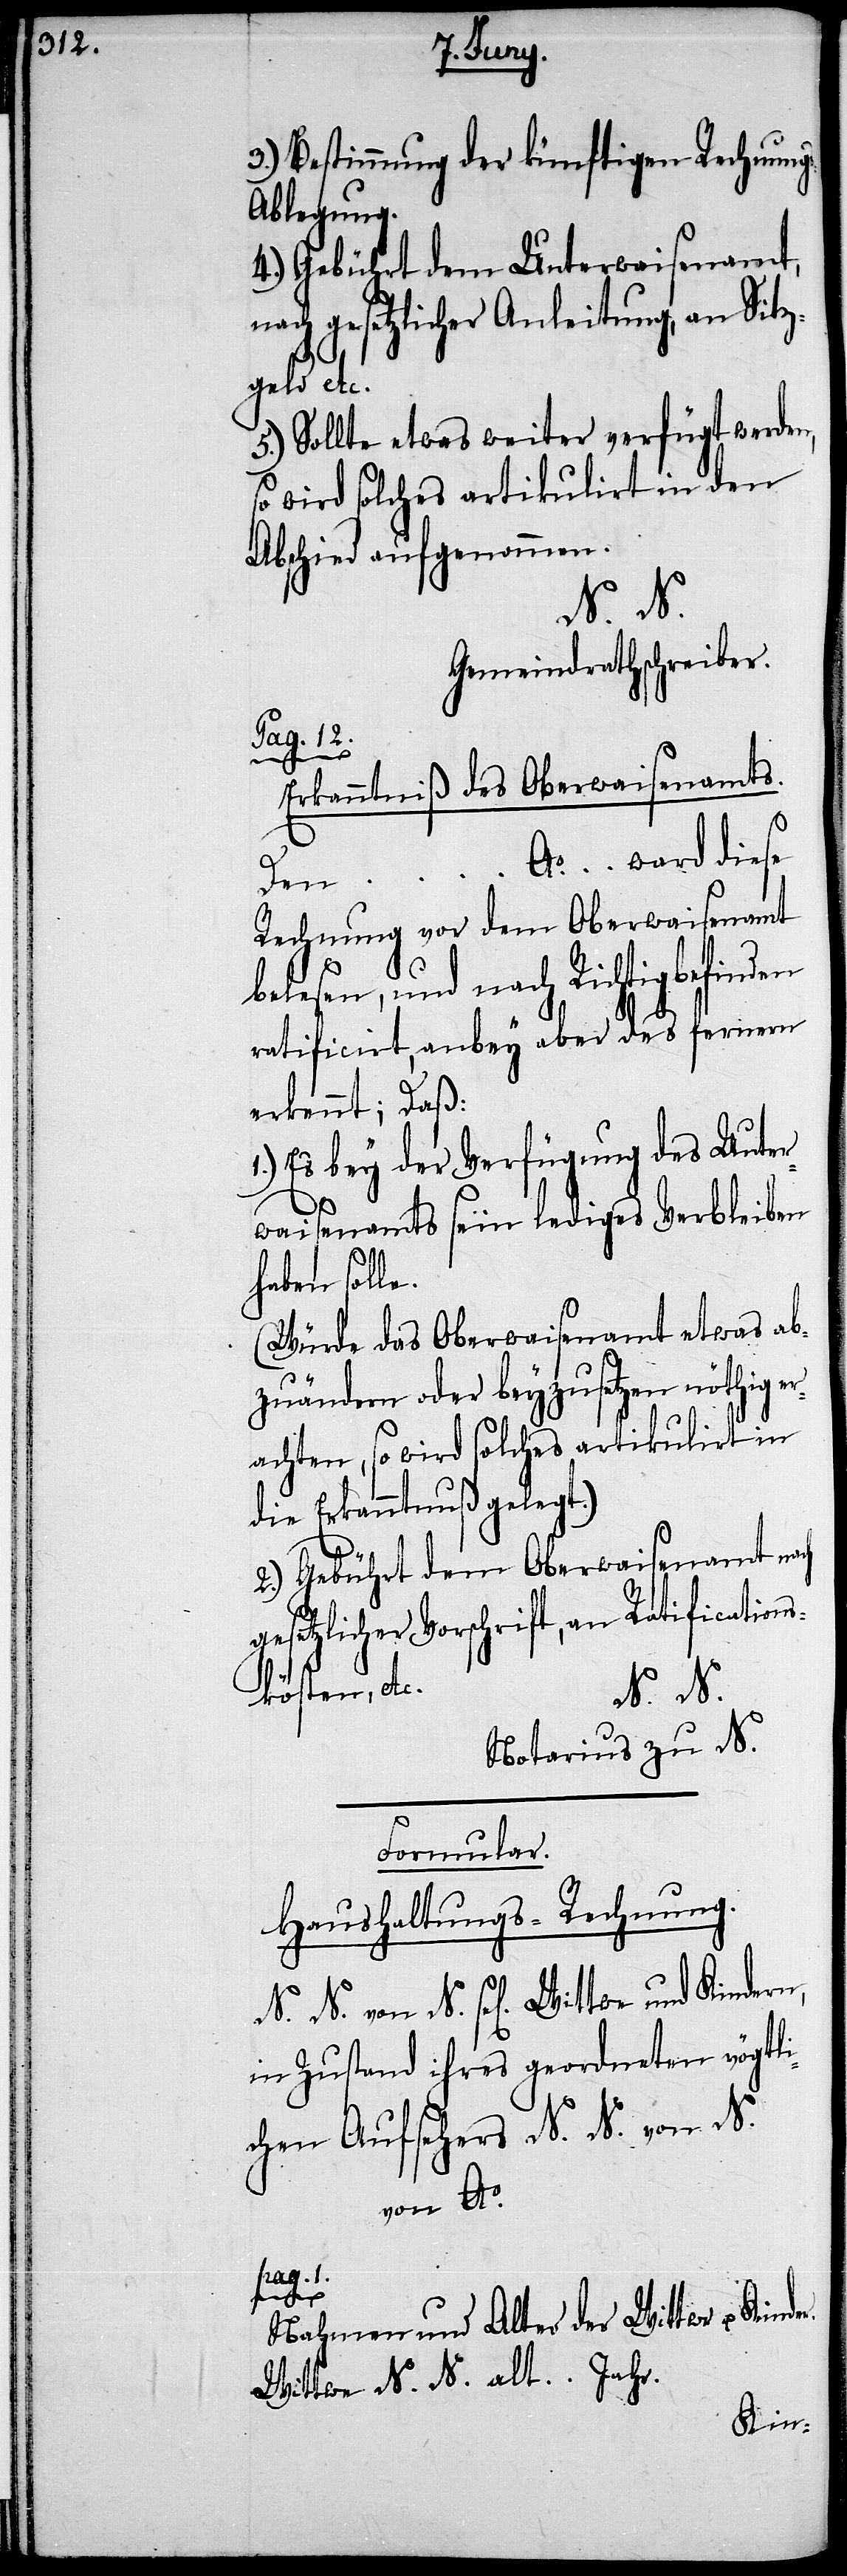
3.) Bestimmung der künftigen Rechnun¬
blegung.
4.) Gebührt dem Unterwaisenamt,
nach gesetzlicher Anleitung, an Sitz¬
geld etc.
5.) sollte etwas weiter verfügt werden,
so wird solches artikulirt in den
Abschied aufgenommen.
N. N.
Gemeindrathschreiber.
Pag. 12.
r.
Erkanntniß des Oberwaisenamts.
… Ao. … ward diese
Den
Rechnung vor dem Oberwaisenamt
belesen, und nach Richtigbefinden
ratificirt, anbey aber des fernern
erkennt; Daß:
1.) Es bey der Verfügung des Unte¬
rwaisenamts sein lediges Verbleiben
haben solle.
(Würde das Oberwaisenamt etwas ab¬
zuändern oder beyzusetzen nöthig e¬
rachten, so wird solches artikulirt in
die Erkanntnuß gelegt.)
2.) Gebührt dem Oberwaisenamt nach
gesetzlicher Vorschrift, an Ratifications¬
kösten etc.
N. N.
Notarius zu N.
Formular.
Haushaltungs-Rechnung.
von N. sel[igen] Wittwe und Kindern,
in Zustand ihres geordneten vögtli¬
chen Aufsehers N. N. von N.
von Ao.
pag. 1.
gs-A¬
Nahmen und Alter der Wittwe u. Kinde¬
Wittwe N. N. alt … Jahr.